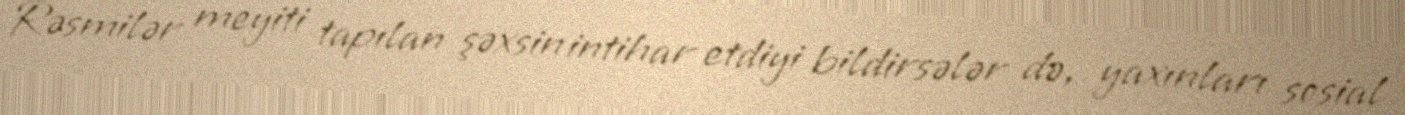
Rəsmilər meyiti tapılan şəxsin intihar etdiyi bildirsələr də, yaxınları sosial